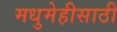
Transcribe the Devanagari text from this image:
मधुमेहीसाठी